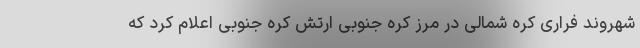
شهروند فراری کره شمالی در مرز کره جنوبی ارتش کره جنوبی اعلام کرد که